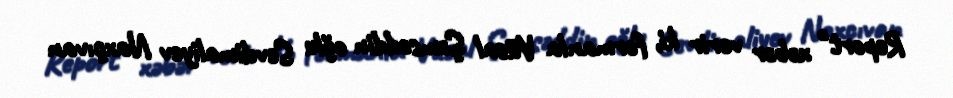
Report" xəbər verir ki, fərmanla Vüsal Şəmsəddin oğlu Sevdimaliyev Naxçıvan